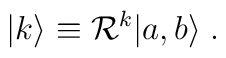
|k\rangle\equiv {\cal R}^k |a,b\rangle \; .